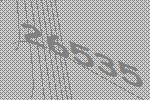
26535